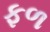
ફળ